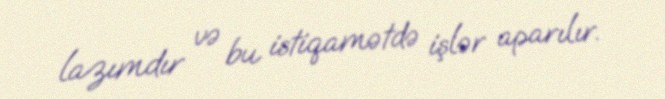
lazımdır və bu istiqamətdə işlər aparılır.